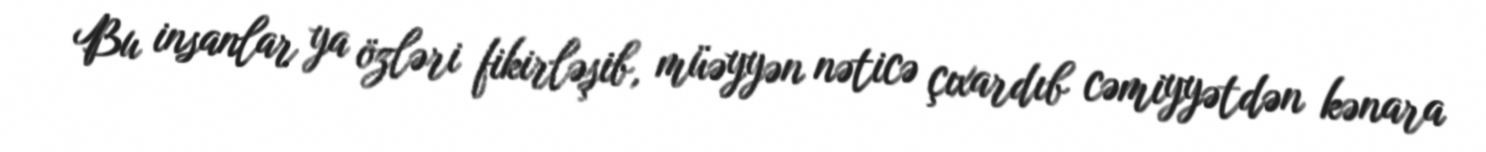
Bu insanlar ya özləri fikirləşib, müəyyən nəticə çıxardıb cəmiyyətdən kənara